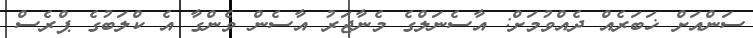
ސަންއަށް ޚަބަރެއް ދެއްވުމަށް: އާސެނަލްގެ މެނާޖަރު އާސެން ވެންގާ އެ ކްލަބުގެ ޕްރެސް